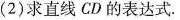
(2)求直线CD的表达式.